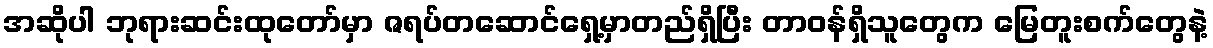
အဆိုပါ ဘုရားဆင်းထုတော်မှာ ဇရပ်တဆောင်ရှေ့မှာတည်ရှိပြီး တာဝန်ရှိသူတွေက မြေတူးစက်တွေနဲ့